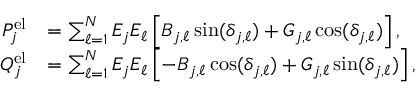
\begin{array} { r l } { P _ { j } ^ { \mathrm { e l } } } & { = \sum _ { \ell = 1 } ^ { N } E _ { j } E _ { \ell } \left[ B _ { j , \ell } \sin ( \delta _ { j , \ell } ) + G _ { j , \ell } \cos ( \delta _ { j , \ell } ) \right] , } \\ { Q _ { j } ^ { \mathrm { e l } } } & { = \sum _ { \ell = 1 } ^ { N } E _ { j } E _ { \ell } \left[ - B _ { j , \ell } \cos ( \delta _ { j , \ell } ) + G _ { j , \ell } \sin ( \delta _ { j , \ell } ) \right] , } \end{array}